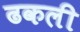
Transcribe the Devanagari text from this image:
ढकली